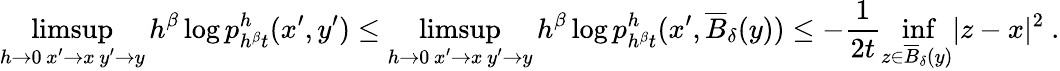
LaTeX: \operatorname*{limsup}_{\substack{h\rightarrow 0\, x^{\prime}\rightarrow x\, y^{\prime}\rightarrow y}}h^{\beta}\log p_{h^{\beta}t}^{h}(x^{\prime},y^{\prime})\leq\operatorname*{limsup}_{\substack{h\rightarrow 0\, x^{\prime}\rightarrow x\, y^{\prime}\rightarrow y}}h^{\beta}\log p_{h^{\beta}t}^{h}(x^{\prime},\overline{{B}}_{\delta}(y))\leq-\frac{1}{2t}\operatorname*{inf}_{z\in\overline{{B}}_{\delta}(y)}\lvert z-x\rvert^{2}\ .